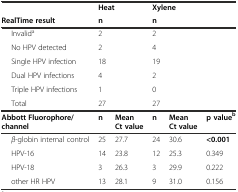
<table><thead><tr><td></td><td colspan="2"><b>Heat</b></td><td colspan="2"><b>Xylene</b></td><td></td></tr><tr><td><b>RealTime result</b></td><td colspan="2"><b>n</b></td><td colspan="2"><b>n</b></td><td></td></tr></thead><tbody><tr><td>Invalid<sup>a</sup></td><td colspan="2">2</td><td colspan="2">2</td><td></td></tr><tr><td>No HPV detected</td><td colspan="2">2</td><td colspan="2">4</td><td></td></tr><tr><td>Single HPV infection</td><td colspan="2">18</td><td colspan="2">19</td><td></td></tr><tr><td>Dual HPV infections</td><td colspan="2">4</td><td colspan="2">2</td><td></td></tr><tr><td>Triple HPV infections</td><td colspan="2">1</td><td colspan="2">0</td><td></td></tr><tr><td>Total</td><td colspan="2">27</td><td colspan="2">27</td><td></td></tr><tr><td><b>Abbott Fluorophore/channel</b></td><td><b>n</b></td><td><b>Mean Ct value</b></td><td><b>n</b></td><td><b>Mean Ct value</b></td><td><b>p value</b><sup><b>b</b></sup></td></tr><tr><td><i>β</i>-globin internal control</td><td>25</td><td>27.7</td><td>24</td><td>30.6</td><td><b>&lt;0.001</b></td></tr><tr><td>HPV-16</td><td>14</td><td>23.8</td><td>12</td><td>25.3</td><td>0.349</td></tr><tr><td>HPV-18</td><td>3</td><td>26.3</td><td>3</td><td>29.9</td><td>0.222</td></tr><tr><td>other HR HPV</td><td>13</td><td>28.1</td><td>9</td><td>31.0</td><td>0.156</td></tr></tbody></table>